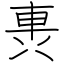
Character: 軣